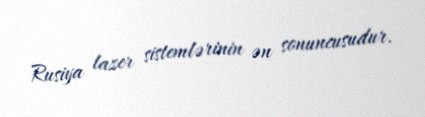
Rusiya lazer sistemlərinin ən sonuncusudur.